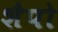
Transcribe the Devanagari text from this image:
शैपो